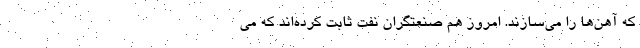
که آهن‌ها را می‌سازند. امروز هم صنعتگران نفت ثابت کرده‌اند که می‌